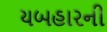
યબહારની